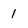
Character: 1